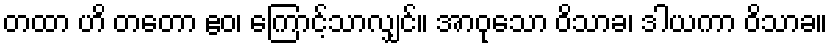
တထာ ဟိ တတော ဧဝ၊ ကြောင့်သာလျှင်။ အာဝုသော ဝိသာခ၊ ဒါယကာ ဝိသာခ။